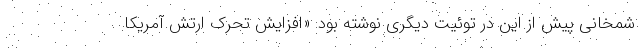
شمخانی پیش از این در توئیت دیگری نوشته بود: «افزایش تحرک ارتش آمریکا